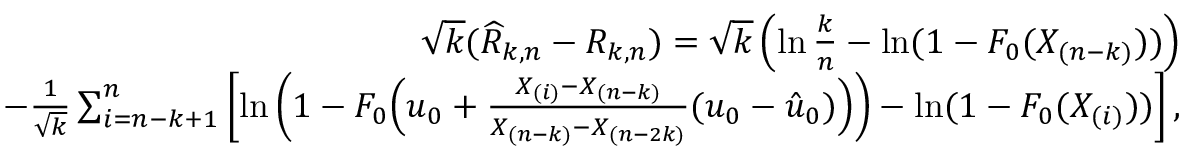
\begin{array} { r } { \sqrt { k } ( \widehat { R } _ { k , n } - R _ { k , n } ) = \sqrt { k } \left( \ln \frac { k } { n } - \ln ( 1 - F _ { 0 } ( X _ { ( n - k ) } ) ) \right) } \\ { - \frac { 1 } { \sqrt { k } } \sum _ { i = n - k + 1 } ^ { n } \left[ \ln \left( 1 - F _ { 0 } \Big ( u _ { 0 } + \frac { X _ { ( i ) } - X _ { ( n - k ) } } { X _ { ( n - k ) } - X _ { ( n - 2 k ) } } ( u _ { 0 } - \hat { u } _ { 0 } ) \Big ) \right) - \ln ( 1 - F _ { 0 } ( X _ { ( i ) } ) ) \right] , } \end{array}